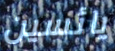
يائسين